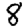
Digit: 8